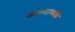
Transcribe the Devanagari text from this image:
जाळ्यामधि